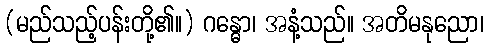
(မည်သည့်ပန်းတို့၏။) ဂန္ဓော၊ အနံ့သည်။ အတိမနုညော၊